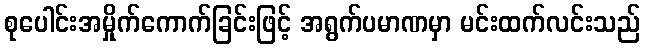
စုပေါင်းအမှိုက်ကောက်ခြင်းဖြင့် အရွက်ပမာဏမှာ မင်းထက်လင်းသည်